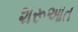
શરૂઆત